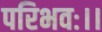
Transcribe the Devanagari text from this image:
परिभवः।।